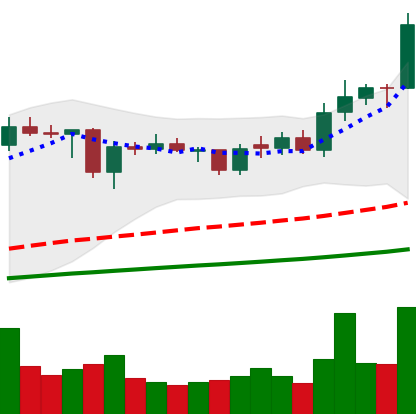
Ticker: ADA-USD
Chart end date: 2021-02-05
Forward return: 72.962%
Label: up_7plus